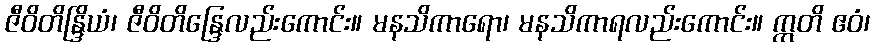
ဇီဝိတိန္ဒြိယံ၊ ဇီဝိတိန္ဒြေလည်းကောင်း။ မနသိကာရော၊ မနသိကာရလည်းကောင်း။ ဣတိ ဧဝံ၊